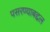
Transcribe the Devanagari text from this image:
पसरण्याबद्दल